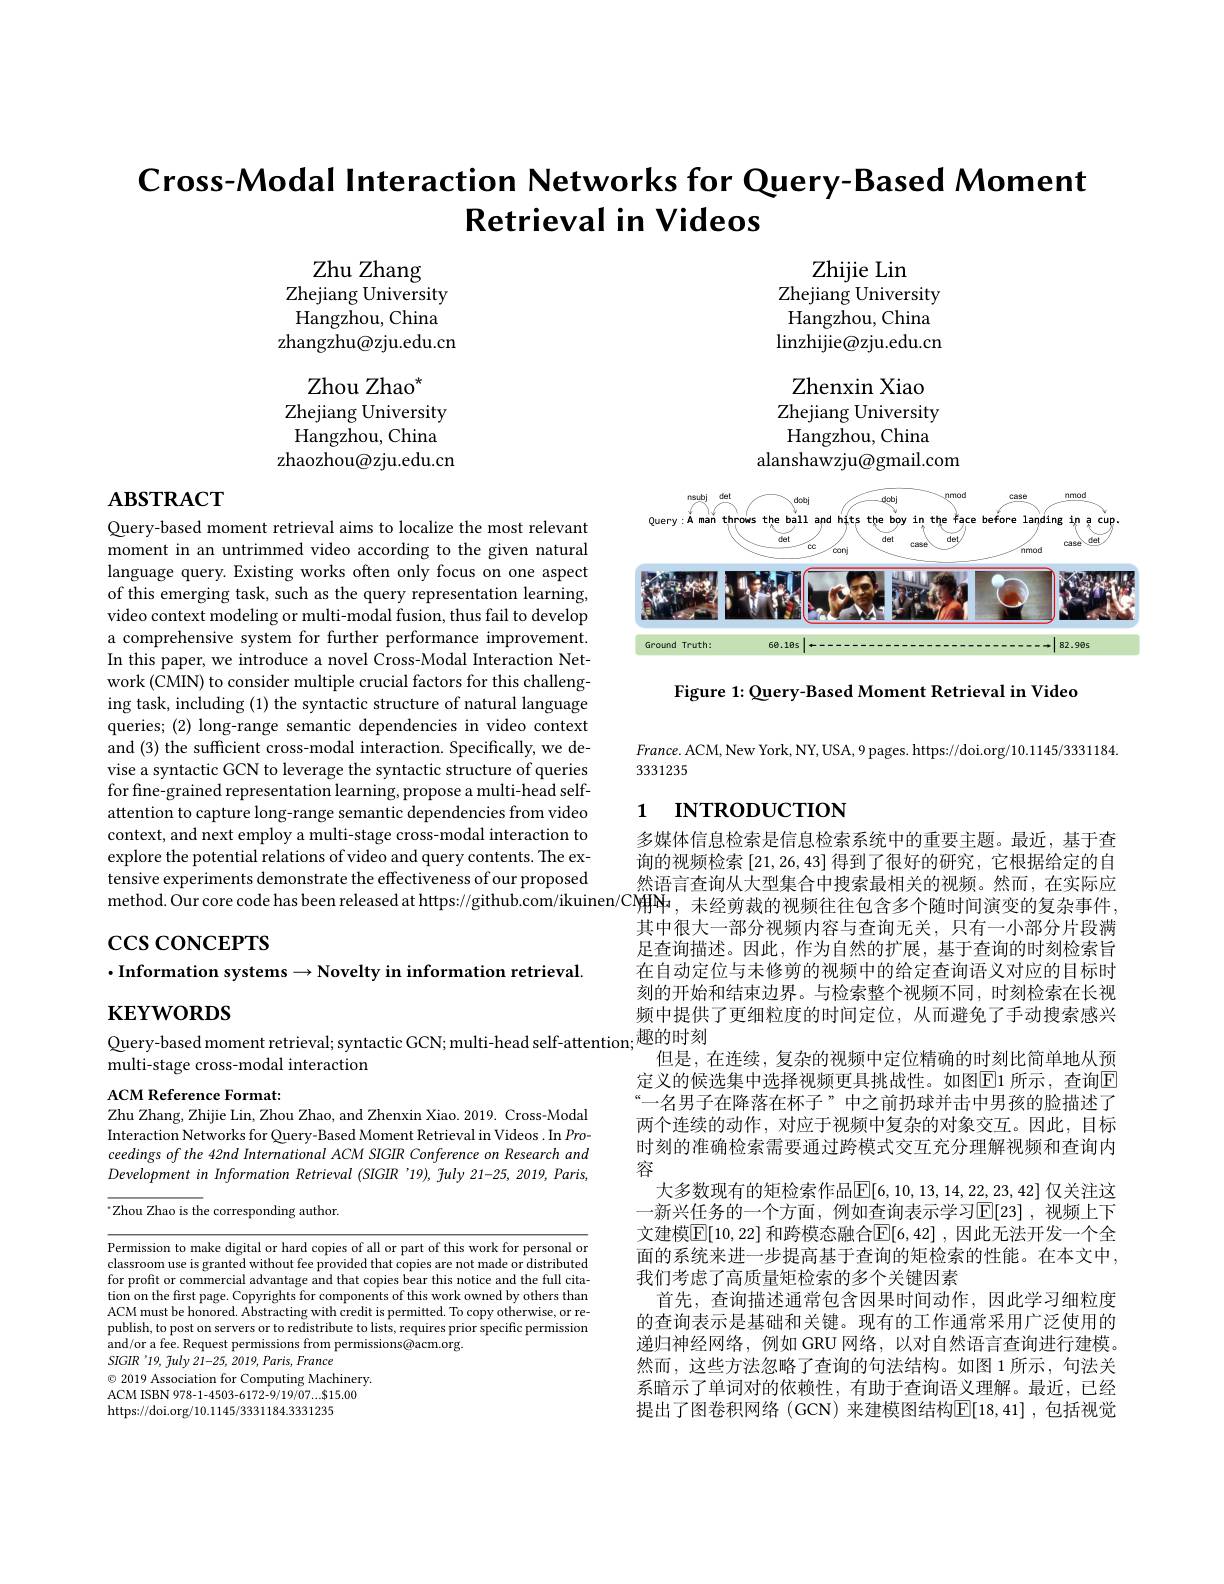
Cross-Modal Interaction Networks for Query-Based Moment
$\textbf{Retrieval in Videos}$

Zhu Zhang
Zhejiang University Hangzhou, China zhangzhu@zju.edu.cn
Zhou Zhao$^{*}$
Zhejiang University Hangzhou, China
zhaozhou@zju.edu.cn

Zhijie Lin
Zhejiang University Hangzhou, China $\operatorname*{linzhijie@zju.edu.cn}$ Zhenxin Xiao
Zhejiang University Hangzhou, China
alanshawzju@gmail.com

# $\mathbf{ABSTRACT}$

<FigureHere>

Figure 1: Query- Based Moment Retrieval in Video

Query-based moment retrieval aims to localize the most relevant moment in an untrimmed video according to the given natural language query. Existing works often only focus on one aspect of this emerging task, such as the query representation learning, video context modeling or multi-modal fusion, thus fail to develop a comprehensive system for further performance improvement. In this paper, we introduce a novel Cross-Modal Interaction Network (CMIN) to consider multiple crucial factors for this challenging task, including (1) the syntactic structure of natural language queries; (2) long-range semantic dependencies in video context and (3) the sufficient cross-modal interaction. Specifically, we devise a syntactic GCN to leverage the syntactic structure of queries for fine-grained representation learning, propose a multi-head selfattention to capture long-range semantic dependencies from video context, and next employ a multi-stage cross-modal interaction to explore the potential relations of video and query contents. The extensive experiments demonstrate the effectiveness of our proposed tensive experiments demonstrate the effectiveness of our proposed method. Our core code has been released at https: / / github. com/ ikuinen/ CO 并 由 于 由 于 对 应 对 应 对 应 时 间 , 对 应 时 间 , 时 间 , 时 间 , 时 间 , 时 间 , 时 间 , 时 间 , 时 间 , 时 间 ,

$France.$ ACM, New York, NY, USA, 9 pages. https://doi.org/10.1145/3331184.
3331235

# 1 INTRODUCTION

$\csc\csc$coNCEPTS
$\cdot$Information systems$\to$Novelty in information retrieval
$\mathbf{KEYWORDS}$

Query-based moment retrieval; syntactic GCN; multi-head self-attention;$\overset{\text{趣的时刻}}{\operatorname*{\text{但是，在连续，复杂的视频中定位精确的时刻比简单地从预}}}$

multi-stage cross-modal interaction

ACM Reference Format:
Zhu Zhang, Zhijie Lin, Zhou Zhao, and Zhenxin Xiao. 2019. Cross-Modal

多媒体信息检索是信息检索系统中的重要主题。最近，基于查询的视频检索[21,26,43]得到了很好的研究，它根据给定的自其中很大一部分视频内容与查询无关，只有一小部分片段满足查询描述。因此，作为自然的扩展，基于查询的时刻检索旨在自动定位与未修剪的视频中的给定查询语义对应的目标时刻的开始和结束边界。与检索整个视频不同，时刻检索在长视频中提供了更细粒度的时间定位，从而避免了手动搜索感兴定义的候选集中选择视频更具挑战性。如图$\boxed{\mathrm{E}}$1 所示，查询$\boxed{\mathrm{E}}$ “一名男子在降落在杯子”中之前扔球并击中男孩的脸描述了两个连续的动作，对应于视频中复杂的对象交互。因此，目标时刻的准确检索需要通过跨模式交互充分理解视频和查询内容
大多数现有的矩检索作品$\boxed{\mathrm{E}}[6,10,13,14,22,23,42]$ 仅关注这一新兴任务的一个方面，例如查询表示学习$\mathbb{E}[23]$ ,视频上下文建模$\overline{\mathbb{E}}[10,22]$ 和跨模态融合$\mathbb{E}[6,42]$ ,因此无法开发一个全面的系统来进一步提高基于查询的矩检索的性能。在本文中， 我们考虑了高质量矩检索的多个关键因素
首先，查询描述通常包含因果时间动作，因此学习细粒度的查询表示是基础和关键。现有的工作通常采用广泛使用的递归神经网络，例如 GRU 网络，以对自然语言查询进行建模。然而，这些方法忽略了查询的句法结构。如图 1 所示，句法关系暗示了单词对的依赖性，有助于查询语义理解。最近，已经提出了图卷积网络 (GCN) 来建模图结构$\mathbb{E}[18,41]$ ,包括视觉

Interaction Networks for Query-Based Moment Retrieval in Videos . In Proceedings of the 42nd International ACM SIGIR Conference on Research and Development in Information Retrieval (SIGIR '19), July 21-25, 2019, Paris, $^{\cdot}$Zhou Zhao is the corresponding author.

Permission to make digital or hard copies of all or part of this work for personal or classroom use is granted without fee provided that copies are not made or distributed for profit or commercial advantage and that copies bear this notice and the full citation on the first page. Copyrights for components of this work owned by others than ACM must be honored. Abstracting with credit is permitted. To copy otherwise, or republish, to post on servers or to redistribute to lists, requires prior specific permission and/or a fee. Request permissions from permissions@acm.org.
$SIGIR$ '19, fuly 21-25, 2019, Paris, France
$\textcircled{\circ}$ 2019 Association for Computing Machinery. ACM ISBN 978-1-4503-6172-9/19/07...$15.00 https://doi.org/10.1145/3331184.3331235